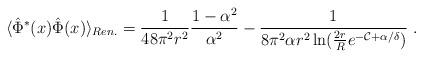
LaTeX: \begin{align*}\langle\hat{\Phi}^*(x)\hat{\Phi}(x)\rangle_{Ren.}=\frac1{48\pi^2r^2}\frac{1-\alpha^2}{\alpha^2}-\frac1{8\pi^2\alpha r^2\ln(\frac{2r}R e^{-{\mathcal{C}}+\alpha/\delta})} \ .\end{align*}